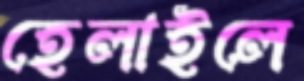
হেলাইলে